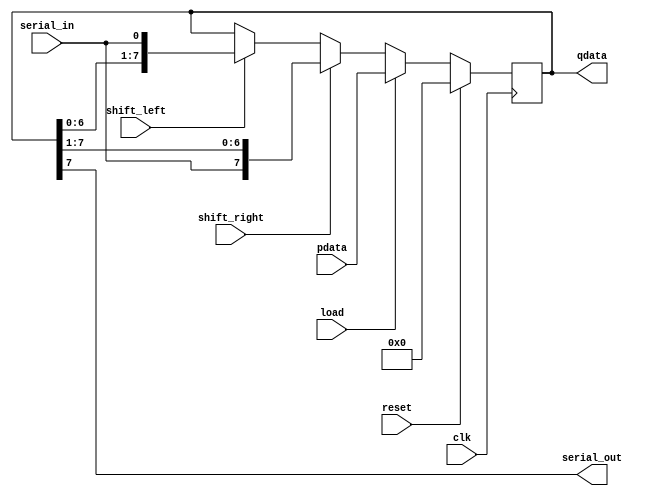
//Amirreza Hosseini 9820363
module myReg(clk, reset, pdata, qdata, load, shift_right, shift_left, serial_in, serial_out);
    input clk, reset, load, serial_in, shift_right, shift_left;
    input [7:0] pdata;
    output reg [7:0] qdata;
    output serial_out;

    always @(posedge clk) begin
        if (reset==1) begin
            qdata <= 0;
        end
        else begin
            if (load==1) begin
                qdata <= pdata;
            end
            else begin
                if (shift_right==1) begin
                        qdata<={serial_in,qdata[7:1]};
                end
                else begin
                    if (shift_left==1) begin
                        qdata<={qdata[6:0],serial_in};
                    end
                end
            end
        end
    end

    assign serial_out=qdata[7];
endmodule